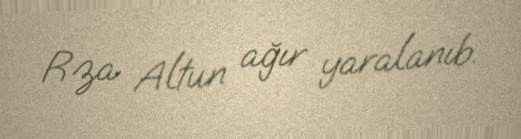
Rza Altun ağır yaralanıb.